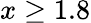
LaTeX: x\ge 1.8